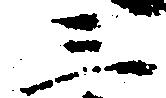
三